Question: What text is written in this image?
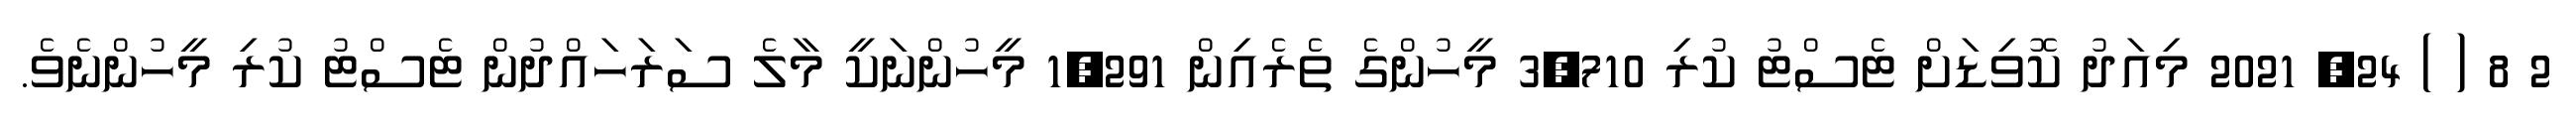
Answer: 2 8 ( ) 24, 2021 މިއަދު ކޮވިޑަށް ޓެސްޓު ކުރި 3,710 މީހުންގެ ތެރެއިން 1,291 މީހުންނަކީ މާލެ ސަރަހައްދުން ޓެސްޓު ކުރި މީހުންނެވެ.